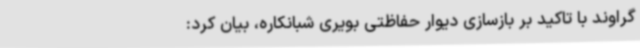
گراوند با تاکید بر بازسازی دیوار حفاظتی بویری شبانکاره، بیان کرد: